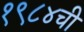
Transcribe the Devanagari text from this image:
१९८४ची